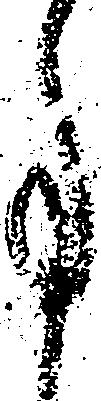
事